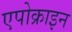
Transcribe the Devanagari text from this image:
एपोक्राइन